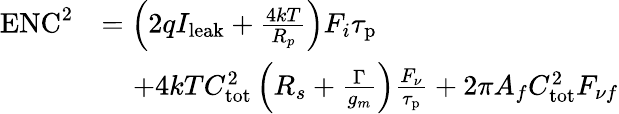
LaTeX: \begin{array}{rl}{\mathrm{ENC}^{2}}&{=\left(2qI_{\mathrm{leak}}+\frac{4kT}{R_{p}}\right)F_{i}\tau_{\mathrm{p}}}\\ &{\; \; \; \; +4kTC_{\mathrm{tot}}^{2}\left(R_{s}+\frac{\Gamma}{g_{m}}\right)\frac{F_{\nu}}{\tau_{\mathrm{p}}}+2\pi A_{f}C_{\mathrm{tot}}^{2}F_{\nu f}}\end{array}